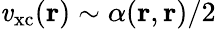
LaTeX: \mathit{v}_{\mathrm{{xc}}}(\mathbf{{r}})\sim\alpha(\mathbf{{r}},\mathbf{{r}})/2